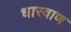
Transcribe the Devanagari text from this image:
धारवाण